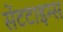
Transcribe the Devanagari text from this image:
सेंटटाइम्स